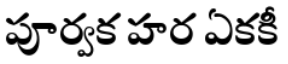
పూర్వక హర ఏకకీ